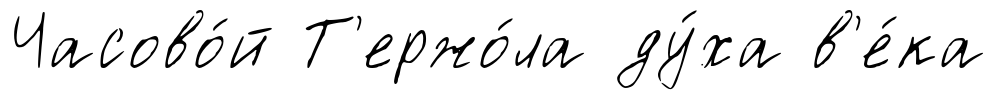
Часово́й Т'ержо́ла ду́ха в'е́ка